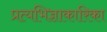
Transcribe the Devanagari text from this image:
प्रत्यभिज्ञाकारिका